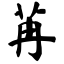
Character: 苒